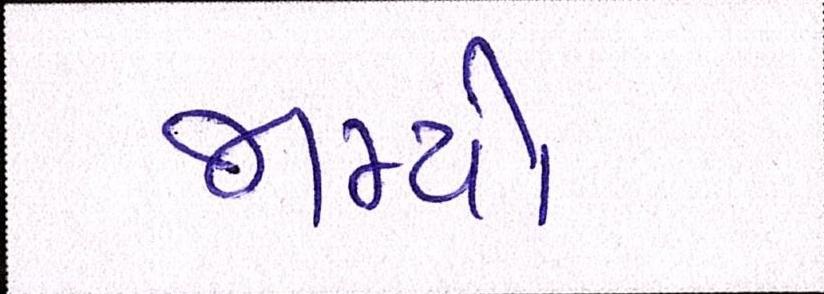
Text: જામ્યો